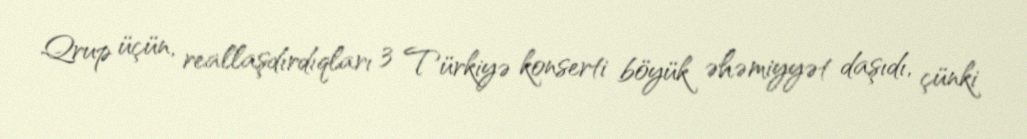
Qrup üçün, reallaşdırdıqları 3 Türkiyə konserti böyük əhəmiyyət daşıdı, çünki